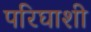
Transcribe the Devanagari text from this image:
परिघाशी